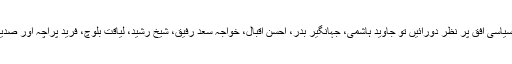
ماضی میں دور تک جانے کی بجائے آج کے سیاسی افق پر نظر دورائیں تو جاوید ہاشمی، جہانگیر بدر، احسن اقبال، خواجہ سعد رفیق، شیخ رشید، لیاقت بلوچ، فرید پراچہ اور صدیق الفاروق سمیت کتنے ہی نام سامنے آتے ہیں۔